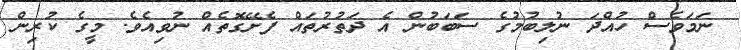
ނަމަވެސް ހުއްދަ ނުލިބުމުގެ ސަބަބުން އެ ދަތުރުތަައް ފެށޭގޮތެއް ނުވިއެވެ. މީގެ ކުރިން